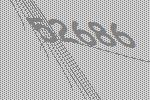
52686